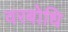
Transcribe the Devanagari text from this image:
वरबोधि